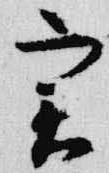
実